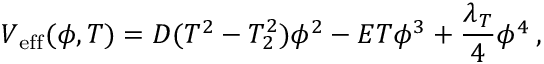
V _ { \mathrm { e f f } } ( \phi , T ) = D ( T ^ { 2 } - T _ { 2 } ^ { 2 } ) \phi ^ { 2 } - E T \phi ^ { 3 } + \frac { \lambda _ { T } } { 4 } \phi ^ { 4 } \: ,